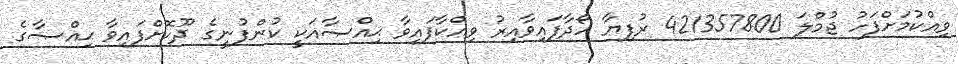
ވިއްކުމަށްފަހު ޖުމްލަ 421357800 ރުފިޔާ ހޯދާފައިވާއިރު ވިއްކާފައިވާ ޙިއްޞާއަކީ ކުންފުނީގެ ދޫކޮށްފައިވާ ޙިއްޞާގެ